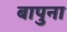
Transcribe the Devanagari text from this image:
बापुना